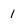
Character: 1